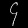
Digit: ၄